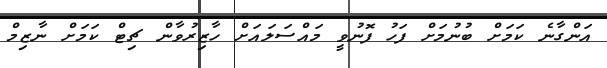
އަންގާނެ ކަމަށް ބުނުމަށް ފަހު ފޮނުވީ މައްސަލައަށް ހާޒިރުވާން ޗިޓް ކަމަށް ނާޒިމް